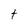
Character: t